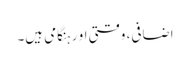
اضافی، وقتی او رہنگامی ہیں۔